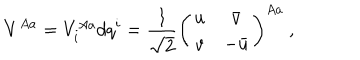
V ^ { A a } = V _ { i } ^ { A a } d q ^ { i } = \frac { 1 } { \sqrt { 2 } } \left( \begin{array} { c c } { { u } } & { { \bar { v } } } \\ { { v } } & { { - \bar { u } } } \\ \end{array} \right) ^ { A a } \ ,